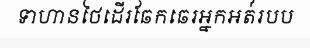
ទាហានថៃដើរឆែកឆេរអ្នកអត់់របប